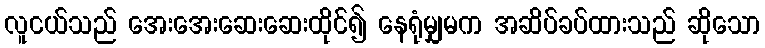
လူငယ်သည် အေးအေးဆေးဆေးထိုင်၍ နေရုံမျှမက အဆိပ်ခပ်ထားသည် ဆိုသော